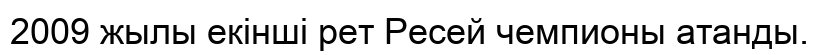
2009 жылы екінші рет Ресей чемпионы атанды.